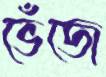
ভেঁজে